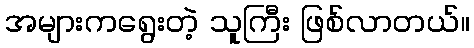
အများကရွေးတဲ့ သူကြီး ဖြစ်လာတယ်။